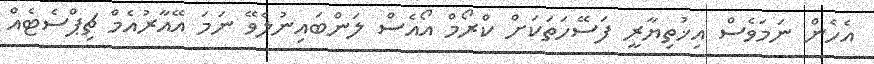
އެހެން ނަމަވެސް އިޚުތިޔާރީ ފަސޭހަތަކަށް ކްރޯމް އޯއެސް ލަންބައިނުލެވޭ ނަމަ އޭއާރުއެމް ޗިޕްސެޓެއް